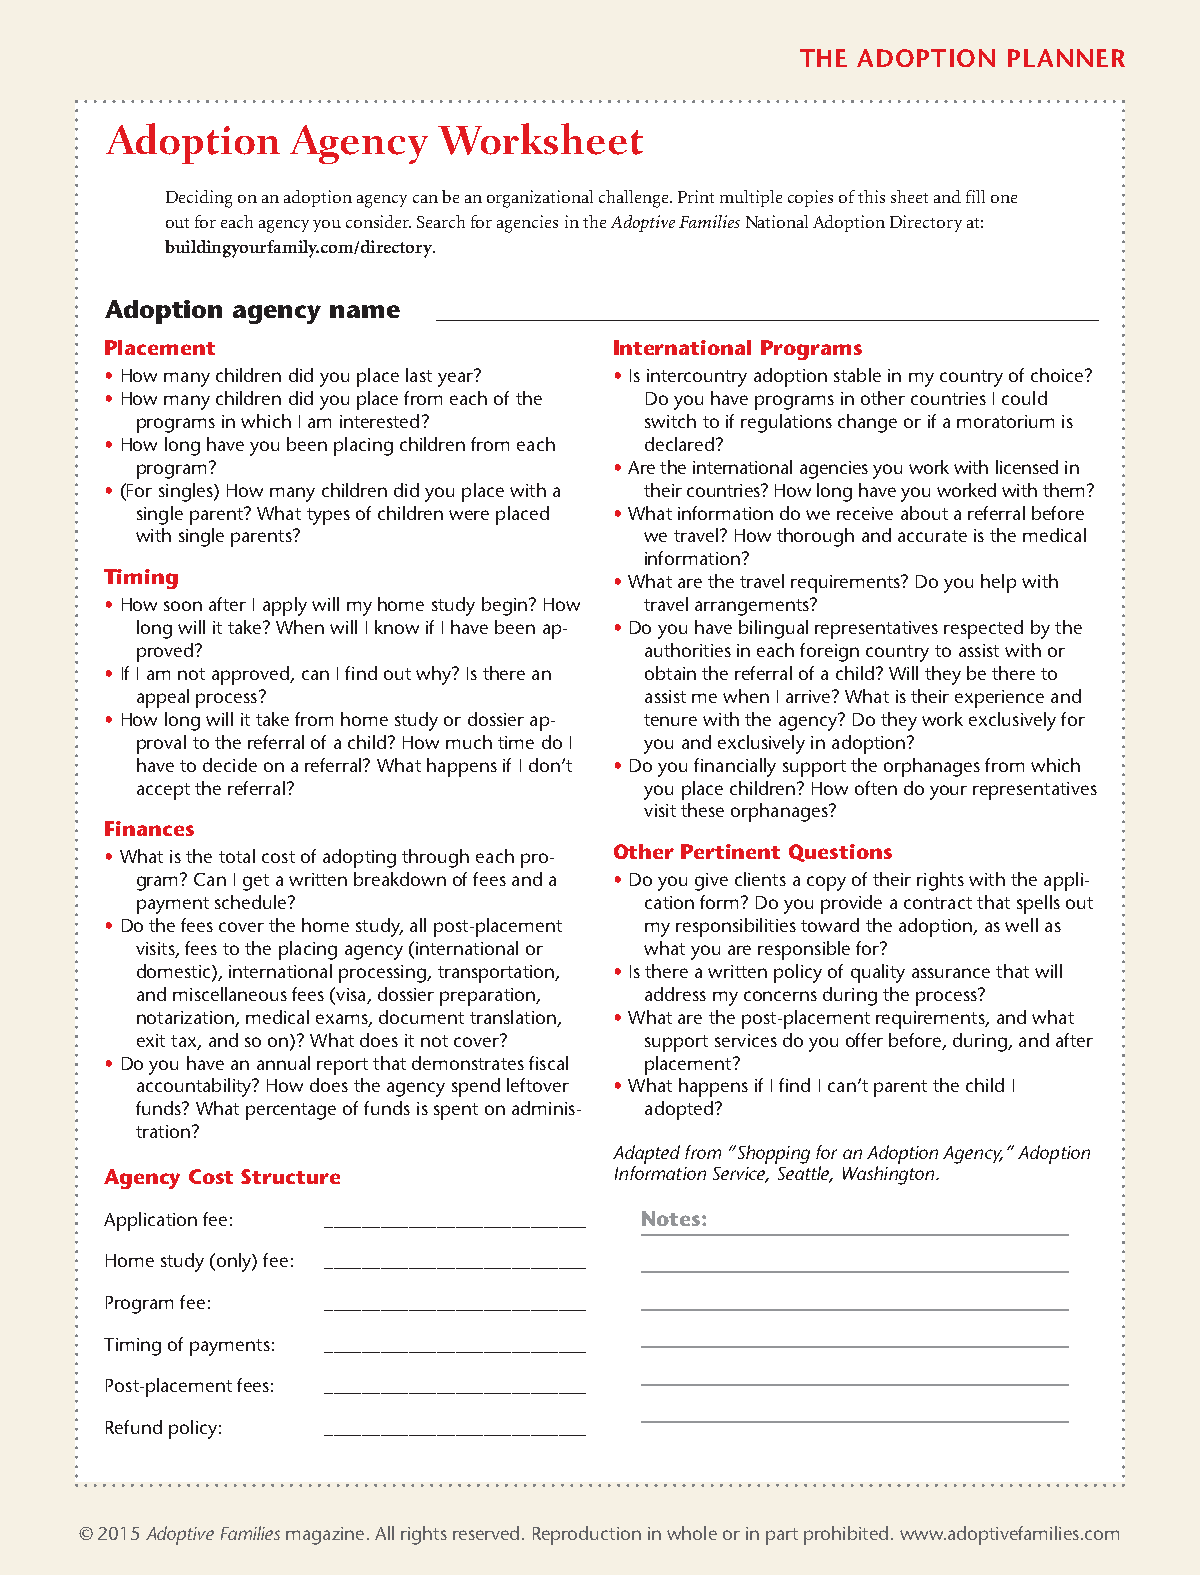
THE ADOPTION  PLANNER
 Adoption    Agency    Worksheet
 Deciding on an adoption agency can be an organizational challenge. Print multiple copies of this sheet and fill one
 out for each agency you consider. Search for agencies in the Adoptive FamiliesNational Adoption Directory at:
 buildingyourfamily.com/directory.
 Adoption agency name  _____________________________________________________
 Placement                         International Programs
 •How many children did you place last year? •Is intercountry adoption stable in my country of choice?
 •How many children did you place from each of the Do you have programs in other countries I could
 programs in which I am interested? switch to if regulations change or if a moratorium is
 •How long have you been placing children from each declared?
 program?                        •Are the international agencies you work with licensed in
 •(For singles) How many children did you place with a their countries? How long have you worked with them?
 single parent? What types of children were placed •What information do we receive about a referral before
 with single parents?              we travel? How thorough and accurate is the medical
 information?
 Timing                            •What are the travel requirements? Do you help with
 •How soon after I apply will my home study begin? How travel arrangements?
 long will it take? When will I know if I have been ap- •Do you have bilingual representatives respected by the
 proved?                           authorities in each foreign country to assist with or
 •If I am not approved, can I find out why? Is there an obtain the referral of a child? Will they be there to
 appeal process?                   assist me when I arrive? What is their experience and
 •How long will it take from home study or dossier ap- tenure with the agency? Do they work exclusively for
 proval to the referral of a child? How much time do I you and exclusively in adoption?
 have to decide on a referral? What happens if I don’t •Do you financially support the orphanages from which
 accept the referral?              you place children? How often do your representatives
 visit these orphanages?
 Finances
 •What is the total cost of adopting through each pro- Other Pertinent Questions
 gram? Can I get a written breakdown of fees and a •Do you give clients a copy of their rights with the appli-
 payment schedule?                 cation form? Do you provide a contract that spells out
 •Do the fees cover the home study, all post-placement my responsibilities toward the adoption, as well as
 visits, fees to the placing agency (international or what you are responsible for?
 domestic), international processing, transportation, •Is there a written policy of quality assurance that will
 and miscellaneous fees (visa, dossier preparation, address my concerns during the process?
 notarization, medical exams, document translation, •What are the post-placement requirements, and what
 exit tax, and so on)? What does it not cover? support services do you offer before, during, and after
 •Do you have an annual report that demonstrates fiscal placement?
 accountability? How does the agency spend leftover •What happens if I find I can’t parent the child I
 funds? What percentage of funds is spent on adminis- adopted?
 tration?
 Adapted from “Shopping for an Adoption Agency,” Adoption
 Agency Cost Structure             Information Service, Seattle, Washington.
 Application fee: ____________________________ Notes:
 Home study (only) fee: ____________________________
 Program fee:  ____________________________
 Timing of payments: ____________________________
 Post-placement fees: ____________________________
 Refund policy: ____________________________
 © 2015 Adoptive Familiesmagazine. All rights reserved. Reproduction in whole or in part prohibited. www.adoptivefamilies.com